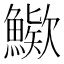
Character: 𩺶